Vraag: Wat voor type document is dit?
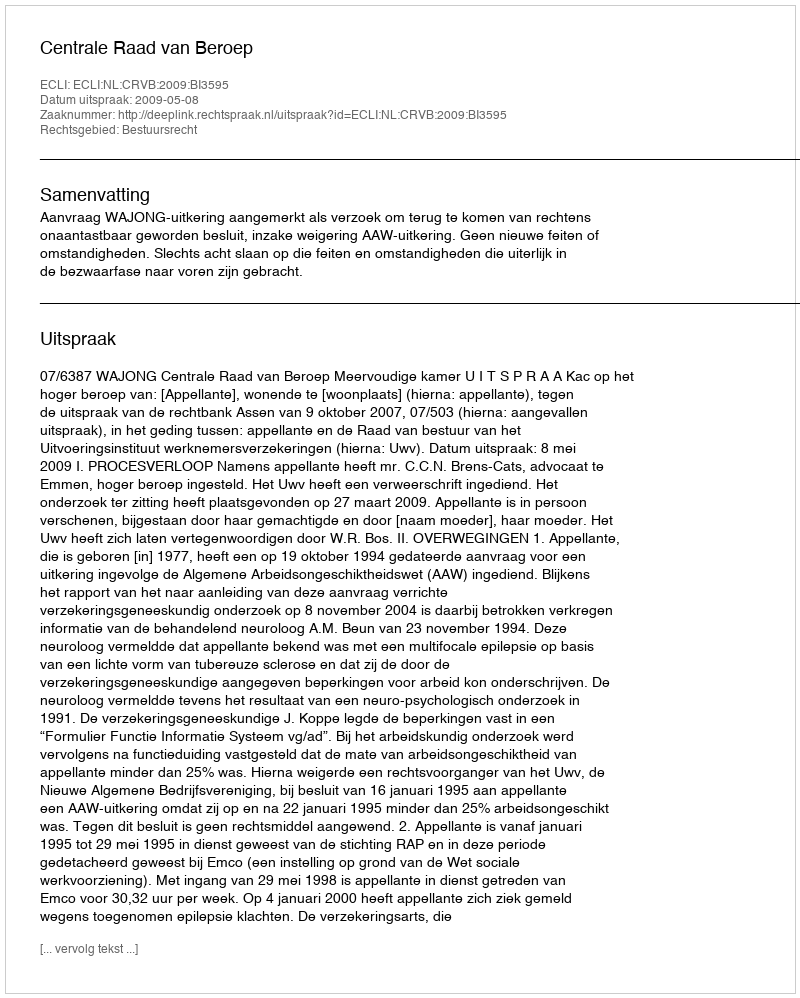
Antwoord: Uitspraak